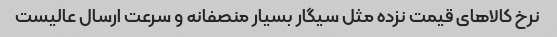
نرخ کالاهای قیمت نزده مثل سیگار بسیار منصفانه و سرعت ارسال عالیست